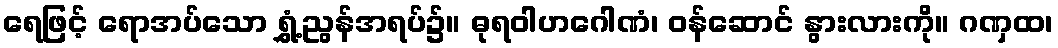
ရေဖြင့် ရောအပ်သော ရွှံ့ညွန်အရပ်၌။ ဓုရဝါဟဂေါဏံ၊ ဝန်ဆောင် နွားလားကို။ ဂဏှထ၊